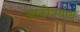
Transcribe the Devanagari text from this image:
आडोश्यात